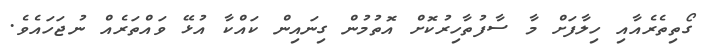
ގޯތިތެރެއާއި ހިލާފަށް މާ ސާފުތާހިރުކޮށް އޮތުމުން ގިނައިން ކައްކާ އުޅޭ ވައްތަރެއް ނުޖަހައެވެ.